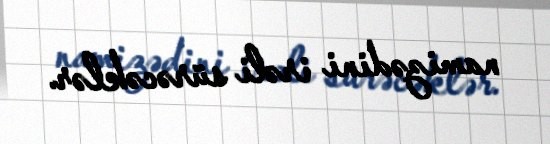
namizədini irəli sürəcəklər.